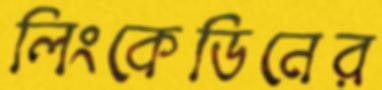
লিংকেডিনের